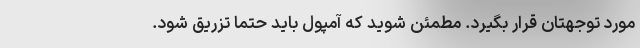
مورد توجهتان قرار بگیرد. مطمئن شوید که آمپول باید حتما تزریق شود.